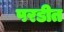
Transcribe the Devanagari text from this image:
परडीत